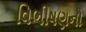
વિભીષણનો